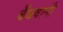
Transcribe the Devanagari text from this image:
बँधवानी